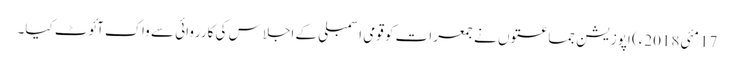
17 مئی2018ء) اپوزیشن جماعتوں نے جمعرات کو قومی اسمبلی کے اجلاس کی کارروائی سے واک آئوٹ کیا۔